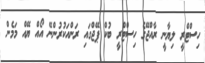
ހިސްޓްރީ ލިޔާނީ ރާއްޖޭގެ ހިސްޓްރީ ބުކް ޕޭޖްގައި ރަންއަކުރުންނޭ އޯއް ޔޭއް މަމެން